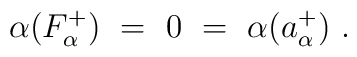
\alpha(F_\alpha^+)~=~0~=~\alpha(a_\alpha^+)~.